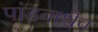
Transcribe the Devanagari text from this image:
पांडवाश्चैव